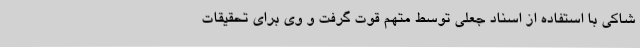
شاکی با استفاده از اسناد جعلی توسط متهم قوت گرفت و وی برای تحقیقات